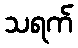
သရက်